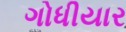
ગોધીયાર